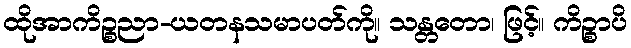
ထိုအာကိဉ္စညာ-ယတနသမာပတ်ကို။ သန္တတော၊ ဖြင့်။ ကိဉ္စာပိ